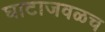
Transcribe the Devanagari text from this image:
घाटाजवळच